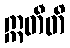
ဣတီတိ